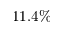
1 1 . 4 \%